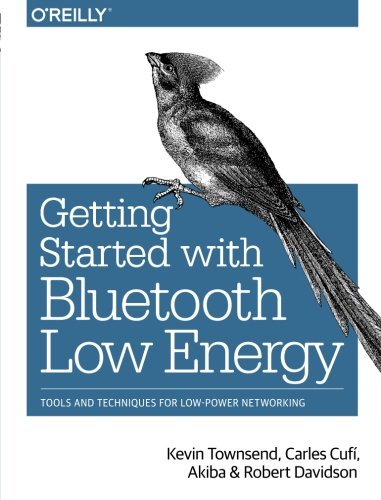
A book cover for Getting Started with Bluetooth Low Energy: Tools and Techniques for Low-Power Networking; Kevin Townsend; Computers & Technology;